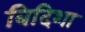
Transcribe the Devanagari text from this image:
बिदिशा